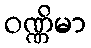
ဝဏ္ဏိမာ